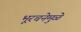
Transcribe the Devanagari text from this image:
भूरचनेमुळे